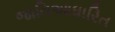
જાતિઆધારિત